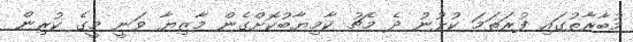
މުބާރާތުގައި ފުރަތަމަ ކުޅުނު ދެ މެޗު ކާމިޔާބުކޮށްގެން މާޒިޔާ ވަނީ މީގެ ކުރިން